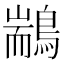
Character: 䳪